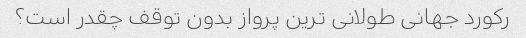
رکورد جهانی طولانی ترین پرواز بدون توقف چقدر است؟